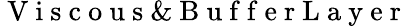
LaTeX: \mathrm{~V~i~s~c~o~u~s~\& ~B~u~f~f~e~r~L~a~y~e~r~}